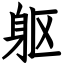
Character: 躯